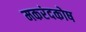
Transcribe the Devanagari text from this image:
मकरंदकोष